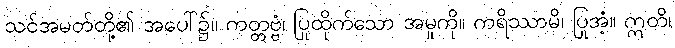
သင်အမတ်တို့၏ အပေါ်၌။ ကတ္တဗ္ဗံ၊ ပြုထိုက်သော အမှုကို။ ကရိဿာမိ၊ ပြုအံ့။ ဣတိ၊